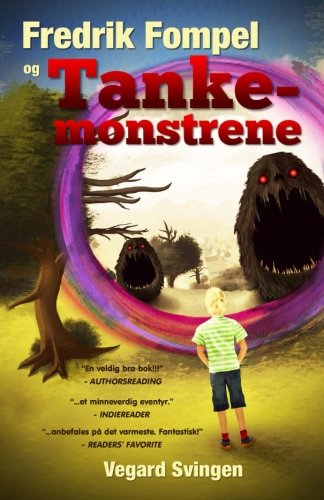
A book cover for Fredrik Fompel og Tankemonstrene (Norwegian Edition); Vegard Svingen; Children's Books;